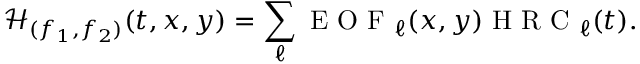
\mathcal { H } _ { ( f _ { 1 } , f _ { 2 } ) } ( t , x , y ) = \sum _ { \ell } \textrm { E O F } _ { \ell } ( x , y ) \textrm { H R C } _ { \ell } ( t ) .